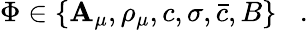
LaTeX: \Phi\in\{ \mathbf{A}_{\mu},\rho_{\mu},c,\sigma,\bar{{c}},B\} \; \; \; .